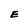
Character: E